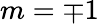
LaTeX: m=\mp 1